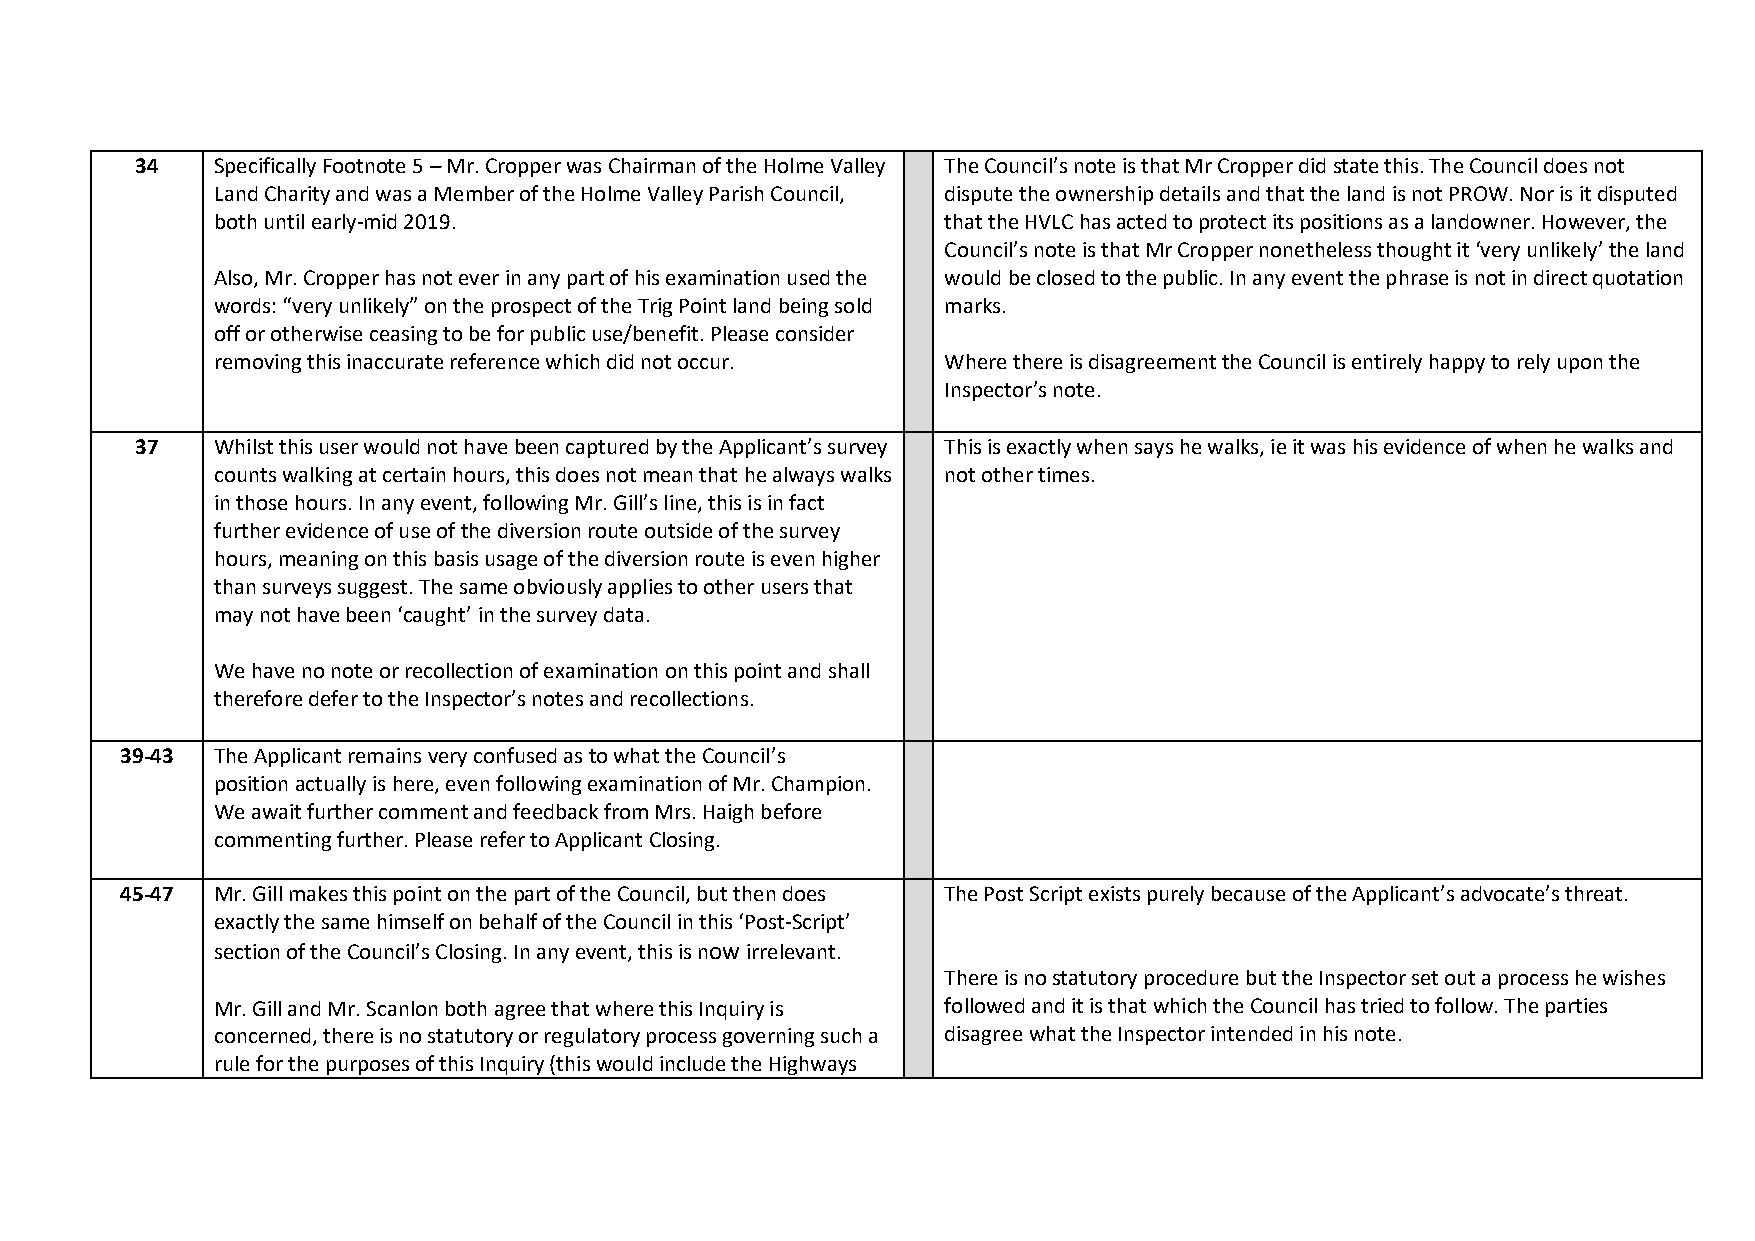
34   Specifically Footnote 5 – Mr. Cropper was Chairman of the Holme Valley The Council’s note is that Mr Cropper did state this. The Council does not
 Land Charity and was a Member of the Holme Valley Parish Council, dispute the ownership details and that the land is not PROW. Nor is it disputed
 both until early-mid 2019.                      that the HVLC has acted to protect its positions as a landowner. However, the
 Council’s note is that Mr Cropper nonetheless thought it ‘very unlikely’ the land
 Also, Mr. Cropper has not ever in any part of his examination used the would be closed to the public. In any event the phrase is not in direct quotation
 words: “very unlikely” on the prospect of the Trig Point land being sold marks.
 off or otherwise ceasing to be for public use/benefit. Please consider
 removing this inaccurate reference which did not occur. Where there is disagreement the Council is entirely happy to rely upon the
 Inspector’s note.
 37   Whilst this user would not have been captured by the Applicant’s survey This is exactly when says he walks, ie it was his evidence of when he walks and
 counts walking at certain hours, this does not mean that he always walks not other times.
 in those hours. In any event, following Mr. Gill’s line, this is in fact
 further evidence of use of the diversion route outside of the survey
 hours, meaning on this basis usage of the diversion route is even higher
 than surveys suggest. The same obviously applies to other users that
 may not have been ‘caught’ in the survey data.
 We have no note or recollection of examination on this point and shall
 therefore defer to the Inspector’s notes and recollections.
 39-43 The Applicant remains very confused as to what the Council’s
 position actually is here, even following examination of Mr. Champion.
 We await further comment and feedback from Mrs. Haigh before
 commenting further. Please refer to Applicant Closing.
 45-47 Mr. Gill makes this point on the part of the Council, but then does The Post Script exists purely because of the Applicant’s advocate’s threat.
 exactly the same himself on behalf of the Council in this ‘Post-Script’
 section of the Council’s Closing. In any event, this is now irrelevant.
 There is no statutory procedure but the Inspector set out a process he wishes
 Mr. Gill and Mr. Scanlon both agree that where this Inquiry is followed and it is that which the Council has tried to follow. The parties
 concerned, there is no statutory or regulatory process governing such a disagree what the Inspector intended in his note.
 rule for the purposes of this Inquiry (this would include the Highways